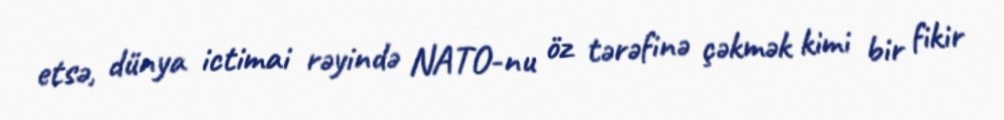
etsə, dünya ictimai rəyində NATO-nu öz tərəfinə çəkmək kimi bir fikir